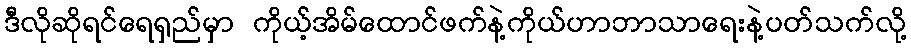
ဒီလိုဆိုရင်ရေရှည်မှာ ကိုယ့်အိမ်ထောင်ဖက်နဲ့ကိုယ်ဟာဘာသာရေးနဲ့ပတ်သက်လို့